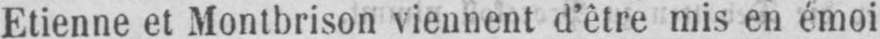
Etienne et Montbrison viennent d’être mis en émoi